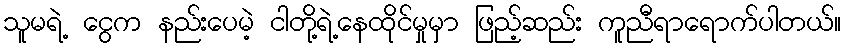
သူမရဲ့ ငွေက နည်းပေမဲ့ ငါတို့ရဲ့နေထိုင်မှုမှာ ဖြည့်ဆည်း ကူညီရာရောက်ပါတယ်။